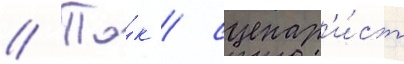
// Та́к / сценар'и́ст